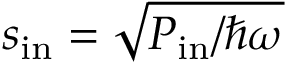
s _ { \mathrm { i n } } = \sqrt { P _ { \mathrm { i n } } / \hbar \omega }